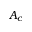
A _ { c }